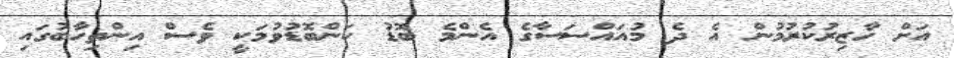
އަށް ހާޒިރުކުރުމުން އެ ދެ މުއައްސަސާގެ އެންމެ ބޮޑު ކަންބޮޑުވުމަކީ ވެސް އިންތިހާބުގައި